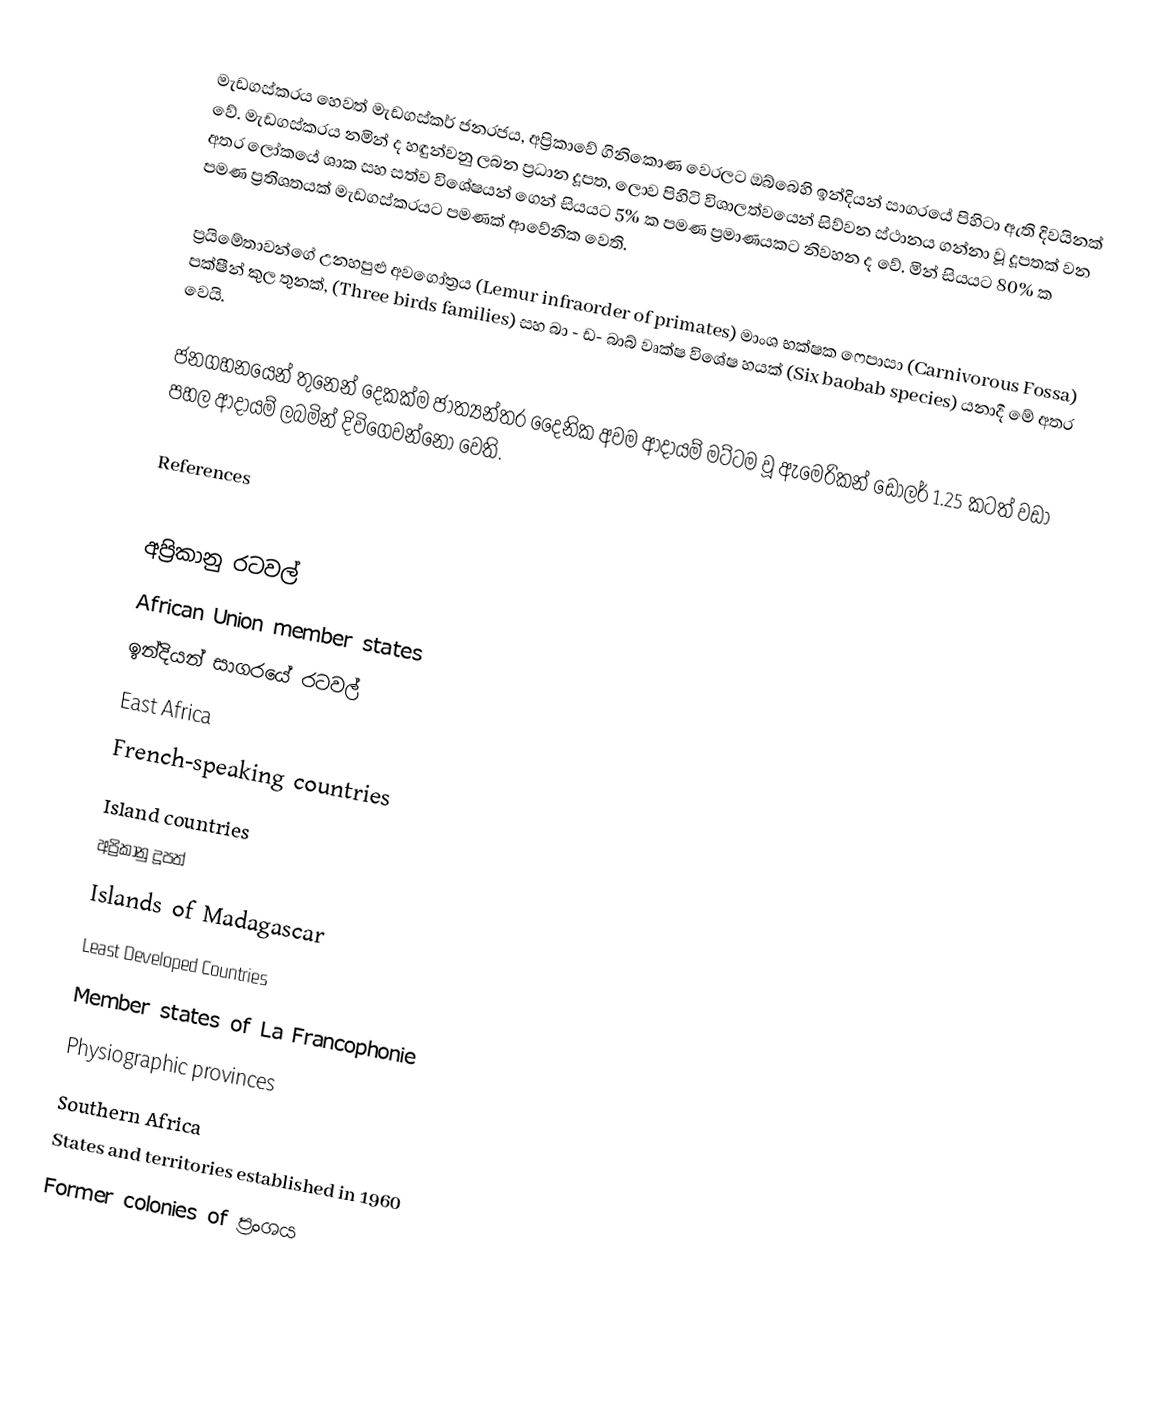
මැඩගස්කරය හෙවත් මැඩගස්කර් ජනරජය, අප්‍රිකාවේ ගිනිකොණ වෙරලට ඔබ්බෙහි ඉන්දියන් සාගරයේ පිහිටා ඇති දිවයිනක් වේ. මැඩගස්කරය නමින් ද හඳුන්වනු ලබන ප්‍රධාන දූපත, ලොව පිහිටි විශාලත්වයෙන් සිව්වන ස්ථානය ගන්නා වූ දූපතක් වන අතර ලෝකයේ ශාක සහ සත්ව විශේෂයන් ගෙන් සියයට 5% ක පමණ ප්‍රමාණයකට නිවහන ද වේ. මින් සියයට 80% ක පමණ ප්‍රතිශතයක් මැඩගස්කරයට පමණක් ආවේනික වෙති.

ප්‍රයිමේතාවන්ගේ උනහපුළු අව‍ගෝත්‍රය (Lemur infraorder of primates) මාංශ භක්ෂක ෆෙපාසා (Carnivorous Fossa) පක්ෂීන් කුල තුනක්,  (Three birds families) සහ බා - ඩ- බාබ් වෘක්ෂ විශේෂ හයක්  (Six baobab species) යනාදී මේ අතර වෙයි.

ජනගහනයෙන් තුනෙන් දෙකක්ම ජාත්‍යන්තර දෛනික අවම ආදායම් මට්ටම වූ ඇමෙරිකන් ඩොලර් 1.25 කටත් වඩා පහල ආදායම් ලබමින් දිවිගෙවන්නෝ වෙති.

References

අප්‍රිකානු රටවල්
African Union member states
ඉන්දියන් සාගරයේ රටවල්
East Africa
French-speaking countries
Island countries
අප්‍රිකානු දූපත්
Islands of Madagascar
Least Developed Countries
Member states of La Francophonie
Physiographic provinces
Southern Africa
States and territories established in 1960
Former colonies of ප්‍රංශය